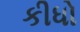
કીધો